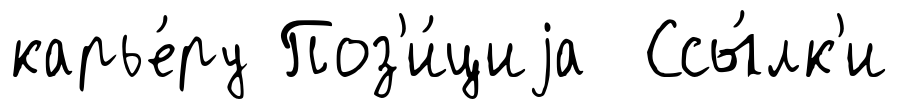
карье́ру Поз'и́циjа Ссы́лк'и